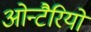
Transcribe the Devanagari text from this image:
ओन्टैरियो